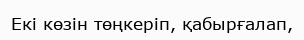
Екі көзін төңкеріп, қабырғалап,